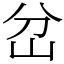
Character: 岔